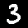
Label: 3